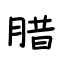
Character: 腊